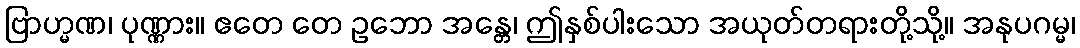
ဗြာဟ္မဏ၊ ပုဏ္ဏား။ ဧတေ တေ ဥဘော အန္တေ၊ ဤနှစ်ပါးသော အယုတ်တရားတို့သို့။ အနုပဂမ္မ၊